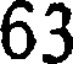
63